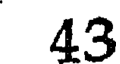
43